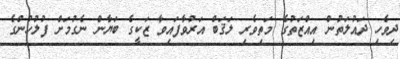
ދިވެހި ދައުލަތުން އިއްޒަތުގެ މަތިވެރި ލަޤަބް އަރުވާފައިވާ ޒަކީގެ ބަޔާން ނެގުމަށް ފުލުހުންގެ